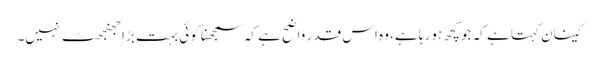
کینان کہتا ہے کہ جو کچھ ہو رہا ہے، وہ اس قدر واضح ہے کہ سمجھنا کوئی بہت بڑا جھنجھٹ نہیں۔